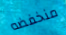
منخفضه